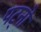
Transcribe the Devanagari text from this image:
पट्नो